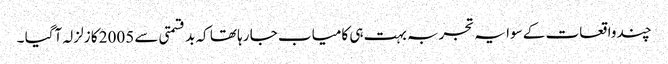
چند واقعات کے سوا یہ تجربہ بہت ہی کامیاب جا رہا تھا کہ بد قسمتی سے 2005 کا زلزلہ آگیا ۔